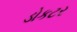
ડોકટર